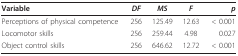
<table><thead><tr><td><b>Variable</b></td><td><b><i>DF</i></b></td><td><b><i>MS</i></b></td><td><b><i>F</i></b></td><td><b><i>p</i></b></td></tr></thead><tbody><tr><td>Perceptions of physical competence</td><td>256</td><td>125.49</td><td>12.63</td><td>&lt; 0.001</td></tr><tr><td>Locomotor skills</td><td>256</td><td>259.44</td><td>4.98</td><td>0.027</td></tr><tr><td>Object control skills</td><td>256</td><td>646.62</td><td>12.72</td><td>&lt; 0.001</td></tr></tbody></table>